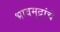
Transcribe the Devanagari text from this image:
भावमुद्रांचे